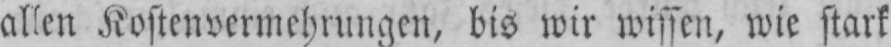
allen Kostenvermehrungen, bis wir wissen, wie stark